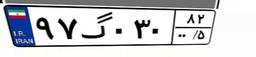
۹۴گ۴۷۹۵۱